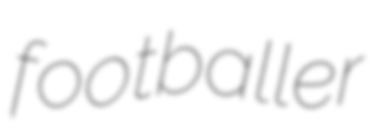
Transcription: footballer